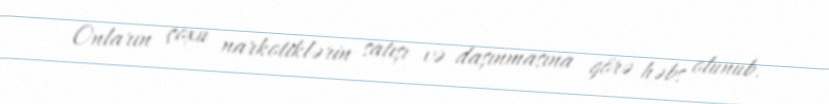
Onların çoxu narkotiklərin satışı və daşınmasına görə həbs olunub.